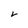
Character: V